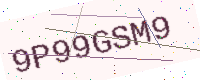
Text: 9P99GSM9